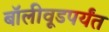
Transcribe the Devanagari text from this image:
बॉलीवूडपर्यंत